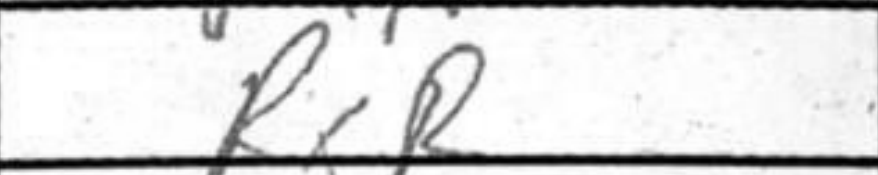
Transcription: RxR